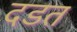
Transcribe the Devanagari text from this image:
दडत